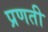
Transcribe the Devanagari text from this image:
प्रणती